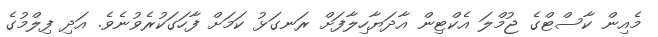
މެއިން ކާސްޓްގެ ޖުމްލަ އެކްޓިން އާދަޔާހިލާފަށް ރަނގަޅު ކަމަށް ފާހަގަކުރެވުނެވެ. އަދި ފިލްމުގެ